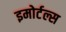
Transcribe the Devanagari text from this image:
इमोर्टल्स